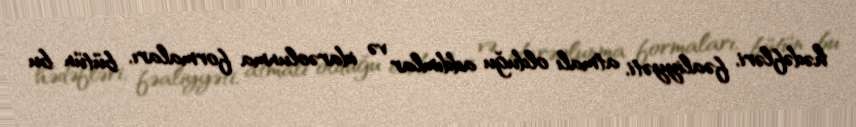
hədəfləri, fəaliyyəti, atmalı olduğu addımlar və idarəolunma formaları, bütün bu